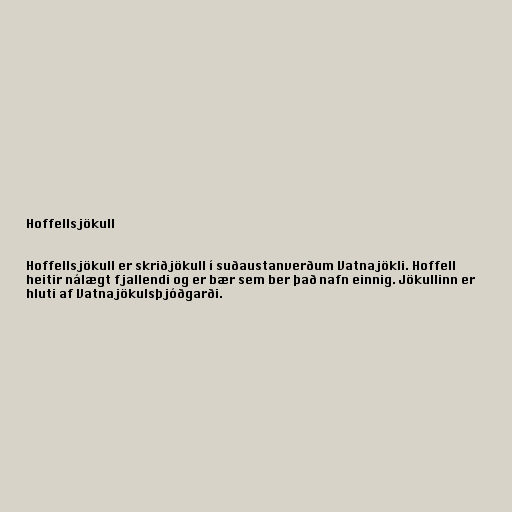
Hoffellsjökull

Hoffellsjökull er skriðjökull í suðaustanverðum Vatnajökli. Hoffell
heitir nálægt fjallendi og er bær sem ber það nafn einnig. Jökullinn er
hluti af Vatnajökulsþjóðgarði.